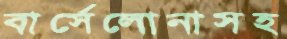
বার্সেলোনাসহ